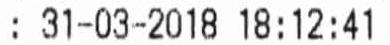
: 31-03-2018 18:12:41